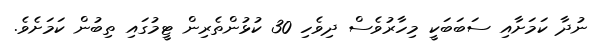
ނުދާ ކަމަށާއި ސަބަބަކީ މިހާރުވެސް ދިވެހި 30 ކުޅުންތެރިން ޓީމުގައި ތިބުން ކަމަށެވެ.